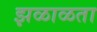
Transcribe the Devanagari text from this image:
झळाळता